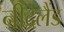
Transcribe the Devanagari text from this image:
नीद्रलैंड